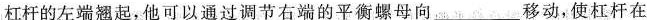
杠杆的左端翘起，他可以通过调节右端的平衡螺母向___移动，使杠杆在